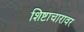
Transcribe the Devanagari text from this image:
शिष्टाचारावर